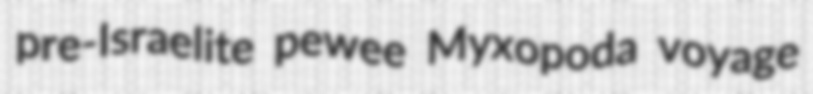
pre-Israelite pewee Myxopoda voyage